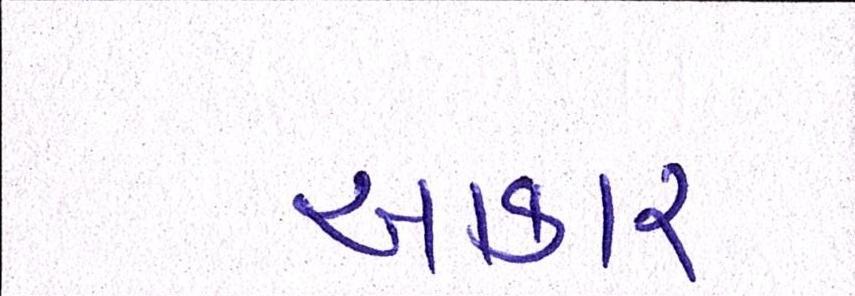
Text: આકાર